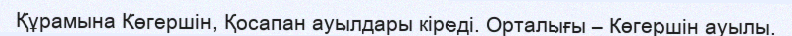
Құрамына Көгершін, Қосапан ауылдары кіреді. Орталығы – Көгершін ауылы.